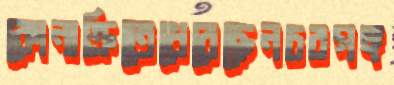
কোনাক্রিতেধেরেছেনচরগঙ্গ